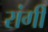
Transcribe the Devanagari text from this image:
रांगी